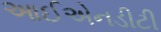
આઈએનડીટી